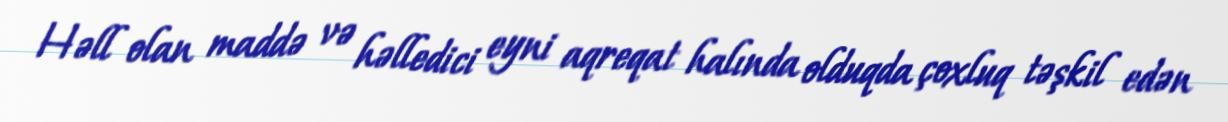
Həll olan maddə və həlledici eyni aqreqat halında olduqda çoxluq təşkil edən